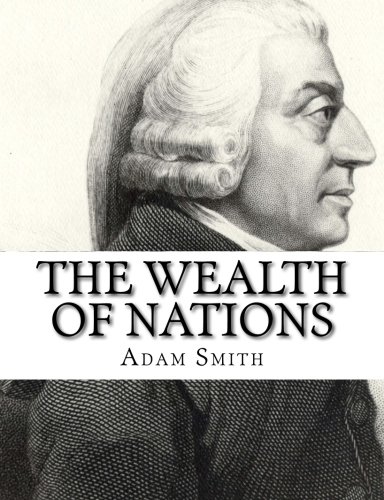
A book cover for The Wealth of Nations; Adam Smith; Business & Money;